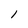
Character: 1